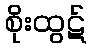
စိုးထွဋ်